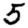
Digit: 5